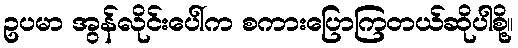
ဥပမာ အွန်လိုင်းပေါ်က စကားပြောကြတယ်ဆိုပါစို့။